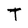
Character: T